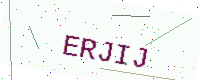
Text: ERJIJ